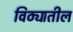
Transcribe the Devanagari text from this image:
विठ्यातील